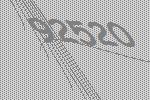
92520